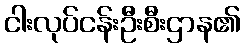
ငါးလုပ်ငန်းဦးစီးဌာန၏